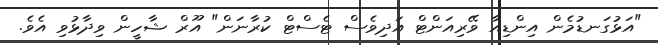
"އަޅުގަނޑުމެން އިންޑިއާ ވޭރިއަންޓް އަދިވެސް ޓެސްޓް ކުރާނަން" އޫރް ޝާހީން ވިދާޅުވި އެވެ.